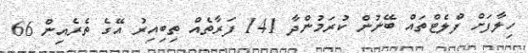
ހިލާފަށް ފްލެޓްތައް ބޭނުން ކުރަމުންދާ 141 ފަރާތެއް ތިިބިއިރު އޭގެ ތެރެއިން 66